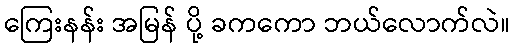
ကြေးနန်း အမြန် ပို့ ခကကော ဘယ်လောက်လဲ။